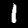
Label: 1